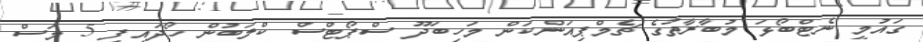
ގައުމީ ނެޓްބޯޅަ މުބާރާތުގެ ޗެމްޕިއަންކަން މަހިބަދޫ ސްޕޯޓްސް ކްލަބުން ހޯދައިފި 5 މަސް